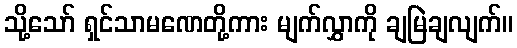
သို့သော် ရှင်သာမဏေတို့ကား မျက်လွှာကို ချမြဲချလျက်။